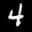
Label: 4